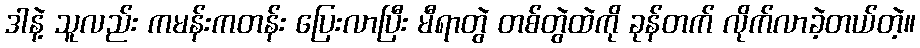
ဒါနဲ့ သူလည်း ကမန်းကတန်း ပြေးလာပြီး မီရာတွဲ တစ်တွဲထဲကို ခုန်တက် လိုက်လာခဲ့တယ်တဲ့။